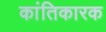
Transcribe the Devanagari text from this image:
कांतिकारक